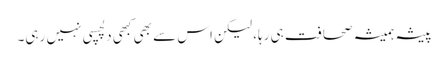
پیشہ ہمیشہ صحافت ہی رہا، لیکن اس سے بھی کبھی دلچسپی نہیں رہی۔